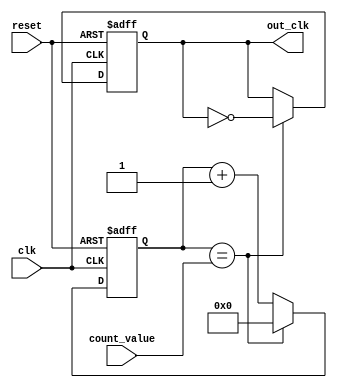
module programmable_clock_divider (
    input wire clk,
    input wire reset,
    input wire [7:0] count_value,
    output reg out_clk
);

reg [7:0] counter;

always @(posedge clk or posedge reset) begin
    if (reset) begin
        counter <= 8'h00;
        out_clk <= 1'b0;
    end else if (counter == count_value) begin
        counter <= 8'h00;
        out_clk <= ~out_clk;
    end else begin
        counter <= counter + 1;
    end
end

endmodule